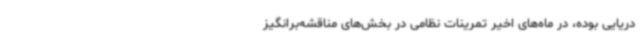
دریایی بوده، در ماه‌های اخیر تمرینات نظامی در بخش‌های مناقشه‌برانگیز